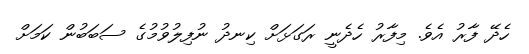
ހެދޭ ފާރު އެވެ. މިފާރު ހެދެނީ ރަގަޅަށް ކިނދު ނުފިލުވުމުގެ ސަބަބުން ކަމަށް